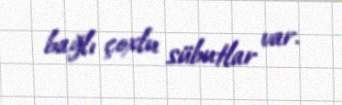
bağlı çoxlu sübutlar var.